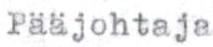
Pääjohtaja